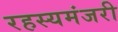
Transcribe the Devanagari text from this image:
रहस्यमंजरी